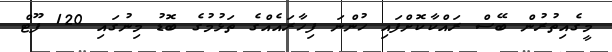
މީގެއިތުރުން ބޭސް ރައްކާކޮށްފައި ހުންނަ ފިހާރައެއްގެ ތަޅުމުގެ ބޮޑު މިނުގައި 120 ފޫޓް